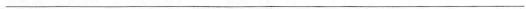
___